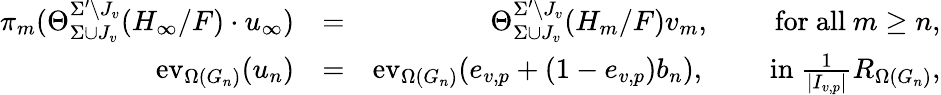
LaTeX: \begin{array}{rlr}{\pi_{m}(\Theta_{\Sigma\cup J_{v}}^{\Sigma^{\prime}\setminus J_{v}}(H_{\infty}/F)\cdot u_{\infty})}&{=}&{\Theta_{\Sigma\cup J_{v}}^{\Sigma^{\prime}\setminus J_{v}}(H_{m}/F)v_{m},\qquad\mathrm{~for~all~}m\geq n,}\\ {\mathrm{ev}_{\Omega(G_{n})}(u_{n})}&{=}&{\mathrm{ev}_{\Omega(G_{n})}(e_{v,p}+(1-e_{v,p})b_{n}),\qquad\mathrm{~in~}\frac{1}{|I_{v,p}|}R_{\Omega(G_{n})},}\end{array}